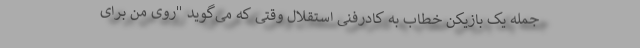
جمله یک بازیکن خطاب به کادرفنی استقلال وقتی که می‌گوید "روی من برای